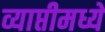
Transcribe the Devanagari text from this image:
व्याप्तीमध्ये